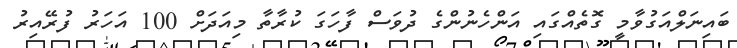
ބައިނަލްއަގުވާމީ ގޮތެއްގައި އަންހެނުންގެ ދުވަސް ފާހަގަ ކުރާތާ މިއަދަށް 100 އަހަރު ފުރޭއިރު